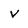
Character: V